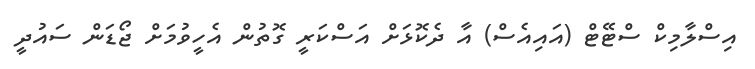
އިސްލާމިކް ސްޓޭޓް (އައިއެސް) އާ ދެކޮޅަށް އަސްކަރީ ގޮތުން އެހީވުމަށް ޖޯޑަން ސައުދީ